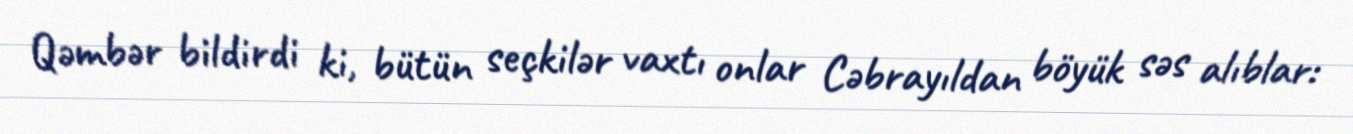
Qəmbər bildirdi ki, bütün seçkilər vaxtı onlar Cəbrayıldan böyük səs alıblar: